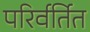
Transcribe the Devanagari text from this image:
परिर्वर्तित